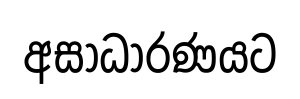
අසාධාරණයට